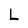
Character: L